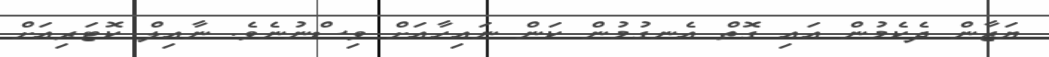
ޔަޒާން ދެކެމުން އައި ގޮތް އެނގުމުން ކަން ނައިހާއަށް ވިސްނުނެވެ. ނާއިލް ކޮޓަރިއަށް